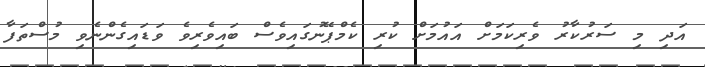
އަދި މި ސަރުކާރު ވެރިކަމަށް އައުމަށް ކުރި ކެމްޕޭނުގައިވެސް ބައިވެރިވެ ވަޑައިގެންނެވި މުސްތަފާ